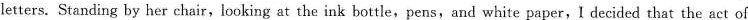
letters. Standing by her chair,looking at the ink bottle,pens,and white paper,I decided that the act of